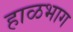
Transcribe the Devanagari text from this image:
हाळभाग